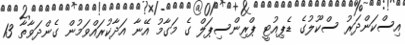
އިސްކަންދަރު ސްކޫލުގެ ޑެޕިއުޓީ ޕްރިންސިޕަލް ގެ މަގާމު އޭނާ އަދާކުރައްވަމުން ގެންދަވާތާ 13